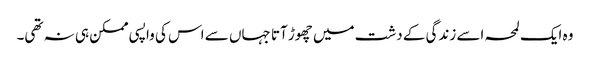
وہ ایک لمحہ اسے زندگی کے دشت میں چھوڑ آتا جہاں سے اس کی واپسی ممکن ہی نہ تھی۔